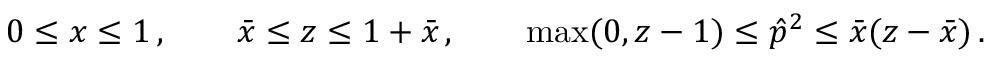
0 \le x \le 1 \, , \qquad \bar { x } \le z \le 1 + \bar { x } \, , \qquad \mathrm { m a x } ( 0 , z - 1 ) \le \hat { p } ^ { 2 } \le \bar { x } ( z - \bar { x } ) \, .